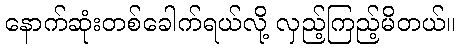
နောက်ဆုံးတစ်ခေါက်ရယ်လို့ လှည့်ကြည့်မိတယ်။